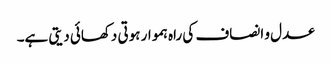
عدل و انصاف کی راہ ہموار ہوتی دکھائی دیتی ہے۔